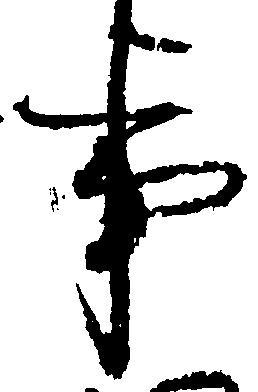
事